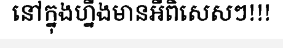
នៅក្នុងហ្នឹងមានអីពិសេសៗ!!!